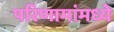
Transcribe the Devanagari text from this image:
परिणामांमध्ये